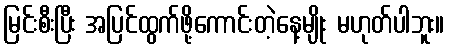
မြင်းစီးပြီး အပြင်ထွက်ဖို့ကောင်းတဲ့နေ့မျိုး မဟုတ်ပါဘူး။